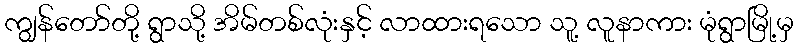
ကျွန်တော်တို့ ရွာသို့ အိမ်တစ်လုံးနှင့် လာထားရသော သူ့ လူနာကား မုံရွာမြို့မှ